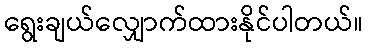
ရွေးချယ်လျှောက်ထားနိုင်ပါတယ်။